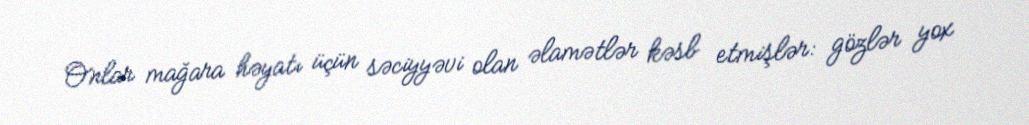
Onlar mağara həyatı üçün səciyyəvi olan əlamətlər kəsb etmişlər: gözlər yox